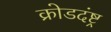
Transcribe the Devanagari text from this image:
क्रोडदंष्ट्र